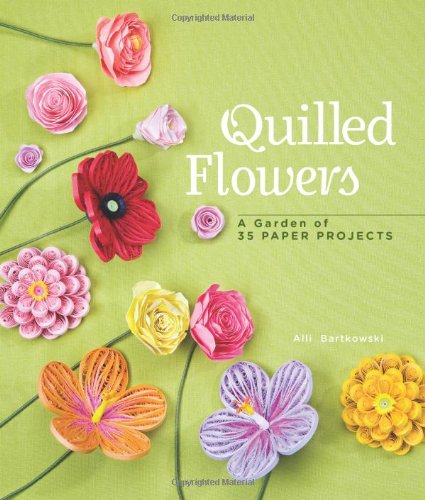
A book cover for Quilled Flowers: A Garden of 35 Paper Projects; Alli Bartkowski; Crafts, Hobbies & Home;